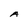
Character: A